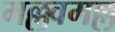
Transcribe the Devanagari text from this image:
मल्लवमल्ल